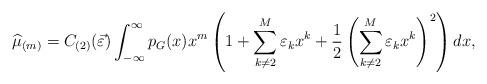
LaTeX: \begin{align*}\widehat{\mu}_{(m)}=C_{(2)}(\vec{\varepsilon}) \int_{-\infty}^{\infty} p_{G}(x) x^{m} \left(1+\sum_{k\neq 2}^{M} \varepsilon_{k}x^{k} + \frac{1}{2} \left(\sum_{k\neq 2}^{M} \varepsilon_{k}x^{k} \right)^{2} \right)dx, \end{align*}